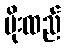
ပိုးထည်